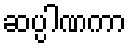
ဆပ္ပါဏကာ